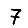
Digit: 7